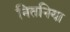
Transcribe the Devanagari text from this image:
नितनिया